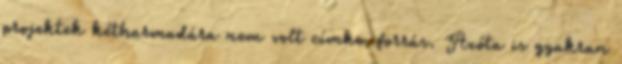
projektek kétharmadára nem volt címke, forrás. Azóta is gyakran